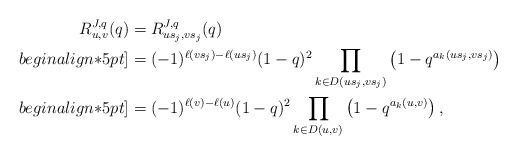
\begin{align*}R_{u,v}^{J,q}(q)&=R_{us_j,vs_j}^{J,q}(q)\\begin{align*}5pt]&=(-1)^{\ell(vs_j)-\ell(us_j)} (1-q)^2\prod_{k\in D(us_j,vs_j)}\left(1-q^{a_k(us_j,vs_j)}\right)\\begin{align*}5pt]&=(-1)^{\ell(v)-\ell(u)} (1-q)^2\prod_{k\in D(u,v)}\left(1-q^{a_k(u,v)}\right),\end{align*}